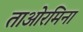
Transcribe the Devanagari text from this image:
ताओरमिना